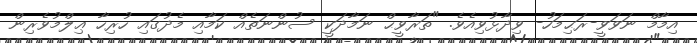
އިމާމް ނަވަވީ-ރަޙިމަހު- ވިދާޅުވިއެވެ. "ތަރާވީޙް ނަމާދަކީ ސުންނަތެއް ކަމާއި މެދުގައި ހުރިހާ ޢިލްމުވެރިން